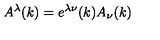
A ^ { \lambda } ( k ) = e ^ { \lambda \nu } ( k ) A _ { \nu } ( k )